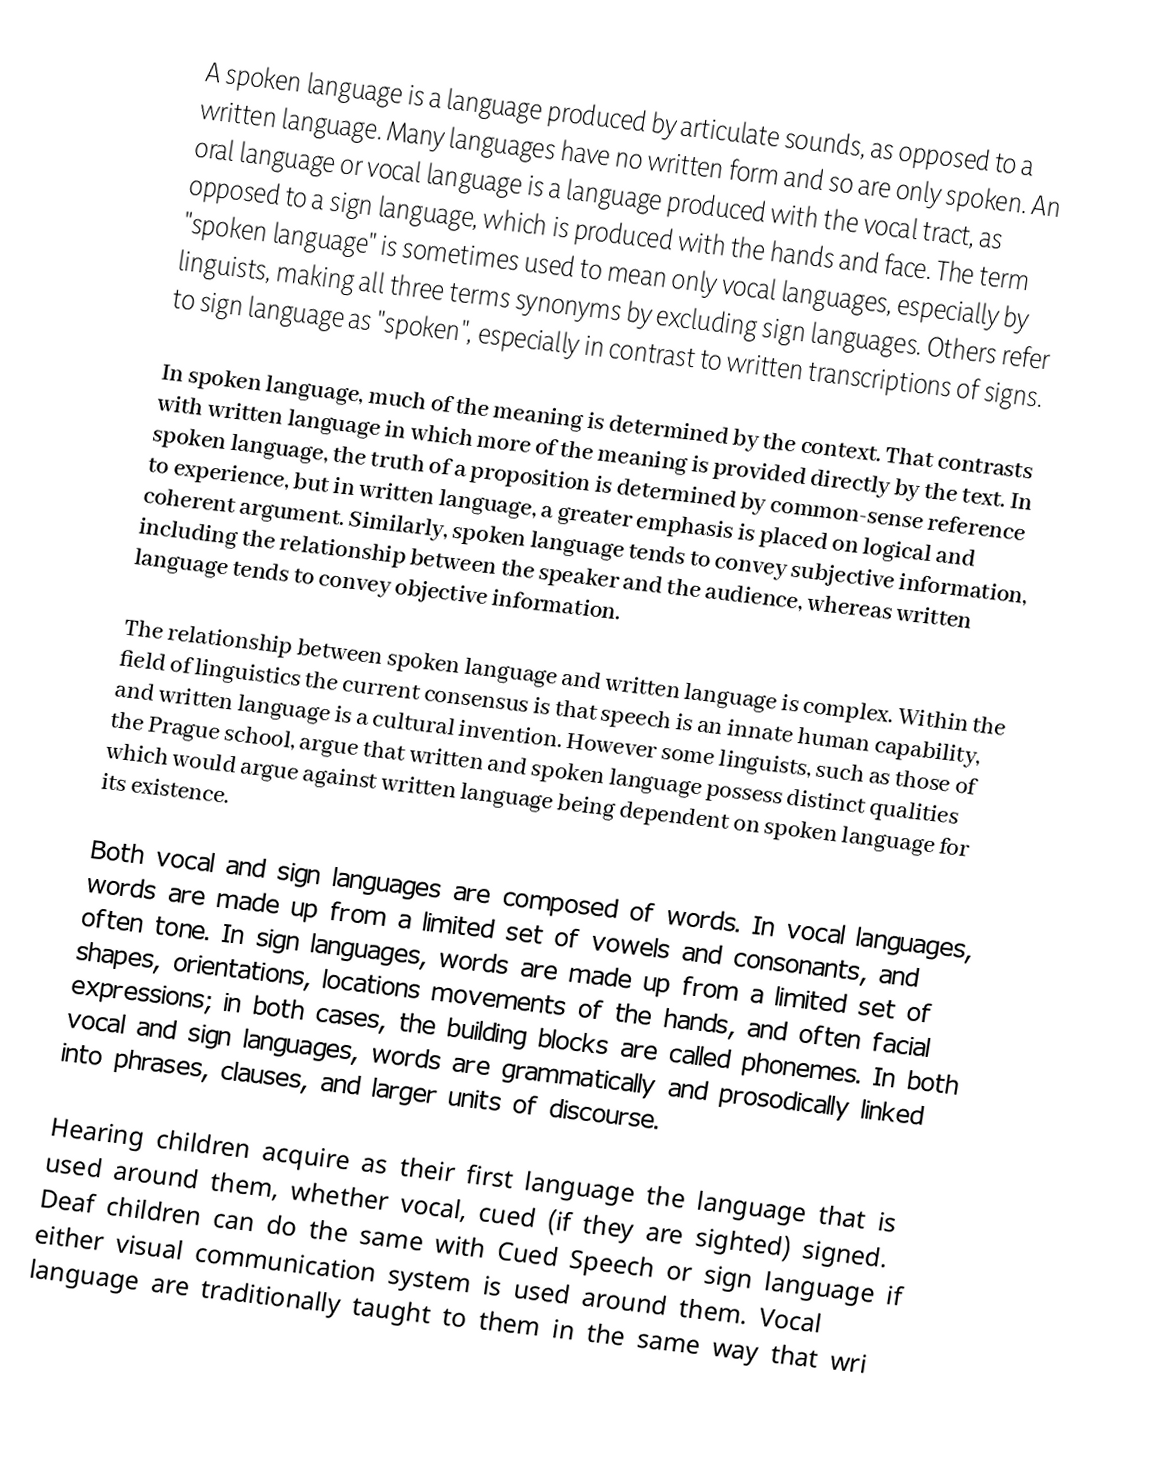
A spoken language is a language produced  by articulate sounds, as opposed to a written language. Many languages have no written form and so are only spoken. An oral language or vocal language is a language produced with the vocal tract, as opposed to a sign language, which is produced with the hands and face. The term "spoken language" is sometimes used to mean only vocal languages, especially by linguists, making all three terms synonyms by excluding sign languages. Others refer to sign language as "spoken", especially in contrast to written transcriptions of signs.

In spoken language, much of the meaning is determined by the context. That contrasts with written language in which more of the meaning is provided directly by the text. In spoken language, the truth of a proposition is determined by common-sense reference to experience, but in written language, a greater emphasis is placed on logical and coherent argument. Similarly, spoken language tends to convey subjective information, including the relationship between the speaker and the audience, whereas written language tends to convey objective information.

The relationship between spoken language and written language is complex. Within the field of linguistics the current consensus is that speech is an innate human capability, and written language is a cultural invention. However some linguists, such as those of the Prague school, argue that written and spoken language possess distinct qualities which would argue against written language being dependent on spoken language for its existence.

Both vocal and sign languages are composed of words. In vocal languages, words are made up from a limited set of vowels and consonants, and often tone. In sign languages, words are made up from a limited set of shapes, orientations, locations movements of the hands, and often facial expressions; in both cases, the building blocks are called phonemes. In both vocal and sign languages, words are grammatically and prosodically linked into phrases, clauses, and larger units of discourse.

Hearing children acquire as their first language the language that is used around them, whether vocal, cued (if they are sighted) signed. Deaf children can do the same with Cued Speech or sign language if either visual communication system is used around them. Vocal language are traditionally taught to them in the same way that wri